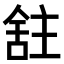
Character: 𫇕